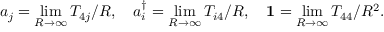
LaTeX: a _ { j } = \operatorname * { l i m } _ { R \to \infty } T _ { 4 j } / R , \quad a _ { i } ^ { \dag } = \operatorname * { l i m } _ { R \to \infty } T _ { i 4 } / R , \quad { \bf 1 } = \operatorname * { l i m } _ { R \to \infty } T _ { 4 4 } / R ^ { 2 } .